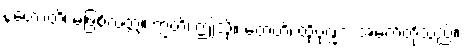
နဟောတိ၊ မဖြစ်လတ္တံ့။ ဣတိ၊ ဤသို့။ တေဟိ၊ ထိုပုဏ္ဏား အမတ်တို့သည်။